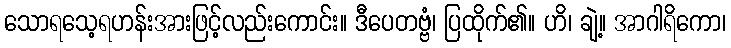
သောရသေ့ရဟန်းအားဖြင့်လည်းကောင်း။ ဒီပေတဗ္ဗံ၊ ပြထိုက်၏။ ဟိ၊ ချဲ့။ အာဂါရိကော၊